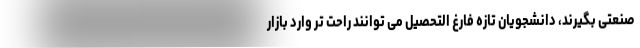
صنعتی بگیرند، دانشجویان تازه فارغ التحصیل می توانند راحت تر وارد بازار